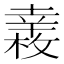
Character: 𢆧